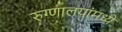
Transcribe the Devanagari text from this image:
रुग्णालयांमध्ये